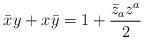
LaTeX: \begin{align*}\bar{x} y + x \bar{y} = 1 + \frac{\bar{z}_a z^a}{2}\end{align*}